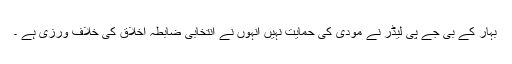
بہار کے بی جے پی لیڈر نے مودی کی حمایت نہیں انہوں نے انتخابی ضابطہ اخلاق کی خلاف ورزی ہے ۔